Proceedings of the meeting of veterinary officers in India
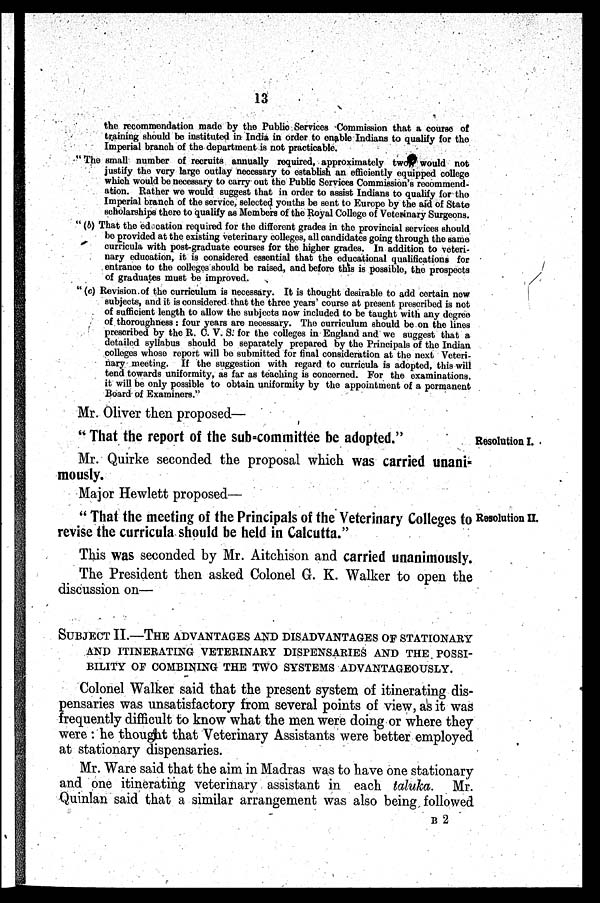
13
the recommendation made by the Public Services Commission that a course of
training should be instituted in India in order to enable Indians to qualify for the
Imperial branch of the department is not practicable.
" The small number of recruits annually required, approximately two would not
justify the very large outlay necessary to establish an efficiently equipped college
which would be necessary to carry out the Public Services Commission's recommend-
ation. Rather we would suggest that in order to assist Indians to qualify for the
Imperial branch of the service, selected youths be sent to Europe by the aid of State
scholarships there to qualify as Members of the Royal College of Veterinary Surgeons.
" (b) That the education required for the different grades in the provincial services should
be provided at the existing veterinary colleges, all candidates going through the same
curricula with post-graduate courses for the higher grades. In addition to veteri-
nary education, it is considered essential that the educational qualifications for
entrance to the colleges should be raised, and before this is possible, the prospects
of graduates must be improved.
" (c) Revision of the curriculum is necessary. It is thought desirable to add certain now
subjects, and it is considered that the three years' course at present prescribed is not
of sufficient length to allow the subjects now included to be taught with any degree
of thoroughness : four years are necessary. The curriculum should be on the lines
prescribed by the R. C. V. S. for the colleges in England and we suggest that a
detailed syllabus should be separately prepared by the Principals of the Indian
colleges whose report will be submitted for final consideration at the next Veteri-
nary meeting. If the suggestion with regard to curricula is adopted, this will
tend towards uniformity, as far as teaching is concerned. For the examinations,
it will be only possible to obtain uniformity by the appointment of a permanent
Board of Examiners."
Mr. Oliver then proposed—
Resolution I.
" That the report of the sub=committee be adopted."
Mr. Quirke seconded the proposal which was carried unani-
mously.
Major Hewlett proposed—
Resolution II.
" That the meeting of the Principals of the Veterinary Colleges to
revise the curricula should be held in Calcutta."
This was seconded by Mr. Aitchison and carried unanimously.
The President then asked Colonel G. K. Walker to open the
discussion on—
SUBJECT II.—THE ADVANTAGES AND DISADVANTAGES OF STATIONARY
AND ITINERATING VETERINARY DISPENSARIES AND THE POSSI-
BILITY OF COMBINING THE TWO SYSTEMS ADVANTAGEOUSLY.
Colonel Walker said that the present system of itinerating dis-
pensaries was unsatisfactory from several points of view, as it was
frequently difficult to know what the men were doing or where they
were : he thought that Veterinary Assistants were better employed
at stationary dispensaries.
Mr. Ware said that the aim in Madras was to have one stationary
and one itinerating veterinary assistant in each taluka. Mr.
Quinlan said that a similar arrangement was also being followed
B 2